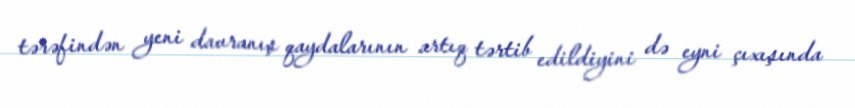
tərəfindən yeni davranış qaydalarının artıq tərtib edildiyini də eyni çıxışında